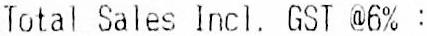
TOTAL SALES INCL. GST @6% :